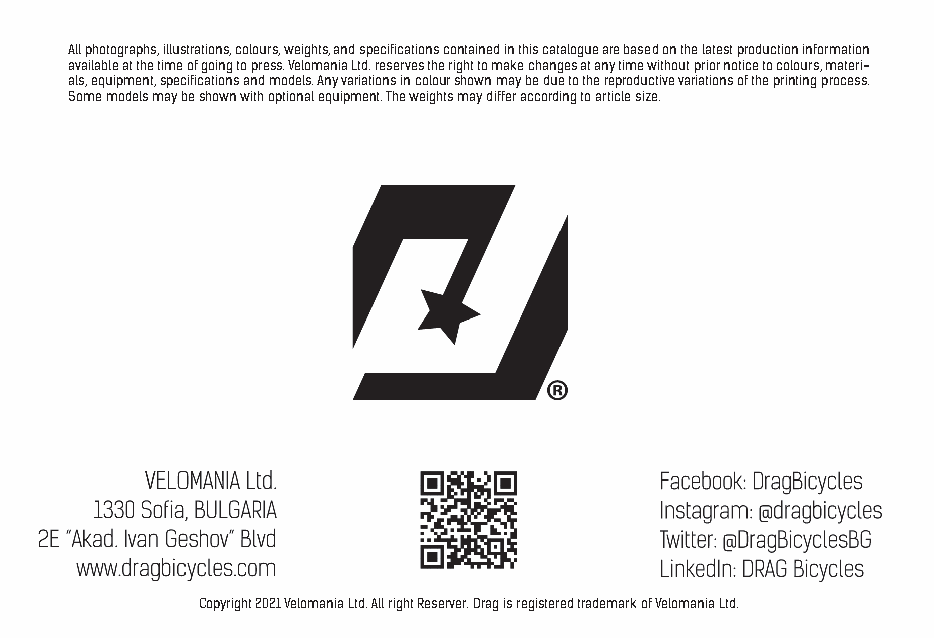
All photographs, illustrations, colours, weights, and specifications contained in this catalogue are based on the latest production information
 available at the time of going to press. Velomania Ltd. reserves the right to make changes at any time without prior notice to colours, materi-
 als, equipment, specifications and models. Any variations in colour shown may be due to the reproductive variations of the printing process.
 Some models may be shown with optional equipment. The weights may differ according to article size.
 Copyright 2021 Velomania Ltd. All right Reserver. Drag is registered trademark of Velomania Ltd.